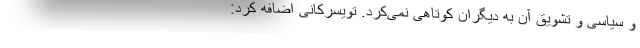
و سیاسی و تشویق آن به دیگران کوتاهی نمی‌کرد. تویسرکانی اضافه کرد: